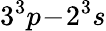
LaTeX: {3^{3}p\! -\! 2^{3}s}